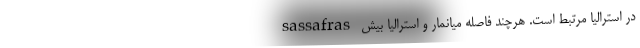
sassafras در استرالیا مرتبط است. هرچند فاصله میانمار و استرالیا بیش